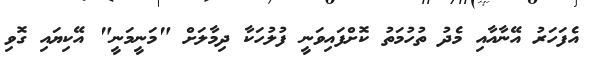
އެފަހަރު އޭނާއާއި މެދު ތުހުމަތު ކޮށްފައިވަނީ ފުލުހަކާ ދިމާލަށް "މަނީމަނީ" އޭކިޔައި ގޮވި